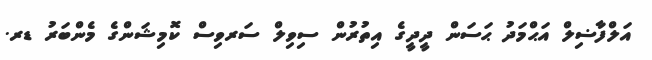
އަލްފާޟިލް އަޙްމަދު ޙަސަން ދީދީގެ އިތުރުން ސިވިލް ސަރވިސް ކޮމިޝަންގެ މެންބަރު ޑރ.